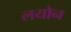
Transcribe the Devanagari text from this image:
लयोन